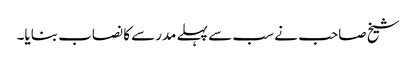
شیخ صاحب نے سب سے پہلے مدرسے کا نصاب بنایا۔